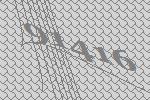
91416